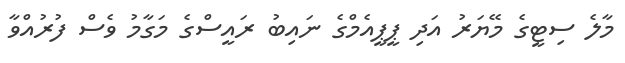
މާލެ ސިޓީގެ މޭޔަރު އަދި ޕީޕީއެމްގެ ނައިބު ރައީސްގެ މަގާމު ވެސް ފުރުއްވާ